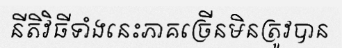
នីតិវិធីទាំងនេះភាគច្រើនមិនត្រូវបាន